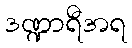
ဒဏ္ဍာရီအရ